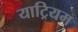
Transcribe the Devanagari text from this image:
याट्रियम